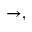
\rightarrow ,